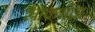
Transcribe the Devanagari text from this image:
स्रावयांचा